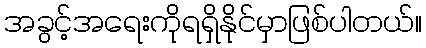
အခွင့်အရေးကိုရရှိနိုင်မှာဖြစ်ပါတယ်။